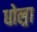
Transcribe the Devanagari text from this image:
धोल्रा